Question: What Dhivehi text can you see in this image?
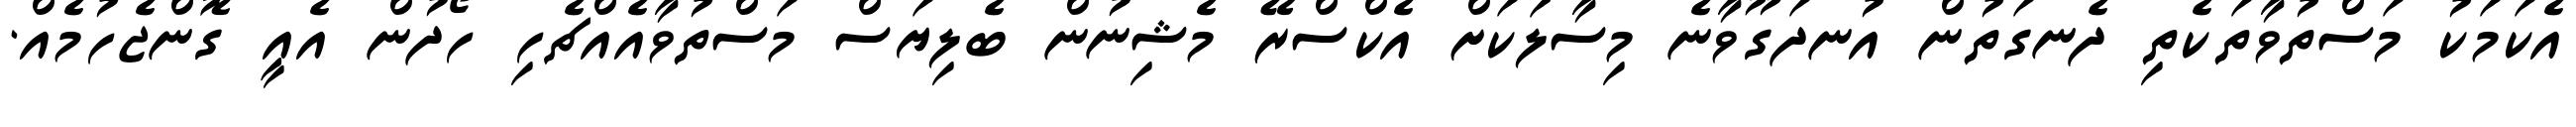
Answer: އެކަމަކު މަސްތުވާތަކެތި ދެނގަތުން އުނދަގޫވާނެ މިސާލަކަށް އެކްސްރޭ މެޝިނުން ބެލިޔަސް މަސްތުވާއެއްޗެހި ހޯދުން އެއީ ގޮންޖެހުމެއް.